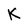
Character: K